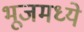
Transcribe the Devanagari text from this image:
भूजमध्ये